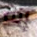
إنه